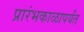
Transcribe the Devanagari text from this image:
प्रारंभकाळापर्यंत